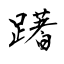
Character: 躇